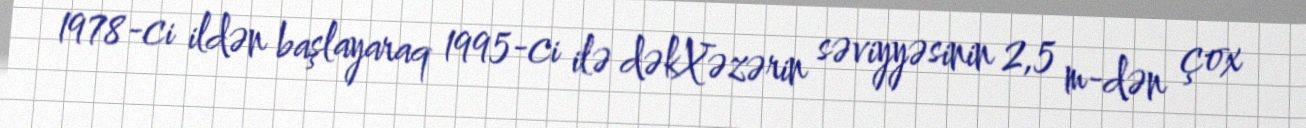
1978-ci ildən başlayaraq 1995-ci ilə dəkXəzərin səviyyəsinin 2,5 m-dən çox